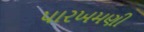
પારખમણી